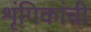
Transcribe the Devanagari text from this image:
शृंगिकांची